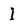
Character: I